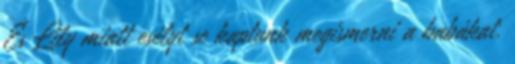
És Lily miatt esélyt se kaptunk megismerni a babákat.